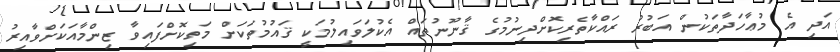
އަދި އެ މުޢާހަދާތަކުން އަބުރު ރައްކާތެރިކޮށްދިނުމުގެ ޤާނޫނުތައް އެކުލަވައިލުމަކީ ޤައުމުތަކަށް މަތިކޮށްފައިވާ ޒިންމާއަކަށްވާއިރު